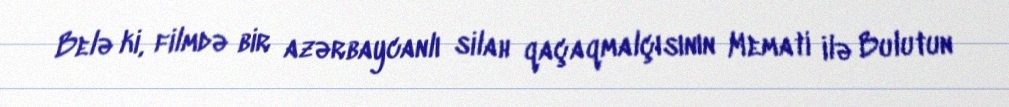
Belə ki, filmdə bir azərbaycanlı silah qaçaqmalçısının Memati ilə Bulutun